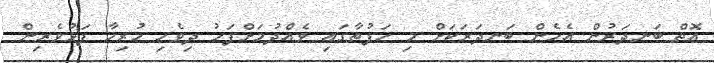
އޮތް ބަނދަރުން އެހެން ބަނދަރަކަށް މި ހަފުތާގައި ވެއްދުމަށްފަހު ދިވެހި ހުރިހާ ފަޅުވެރިން